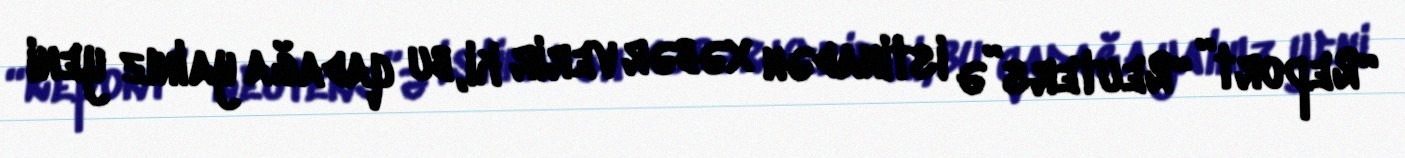
“Report” “Reuters”ə istinadən xəbər verir ki, bu qadağa yalnız yeni